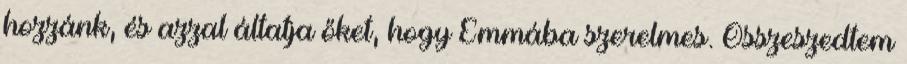
hozzánk, és azzal áltatja őket, hogy Emmába szerelmes. Összeszedtem